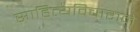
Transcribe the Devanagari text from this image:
साहित्यविचाराने